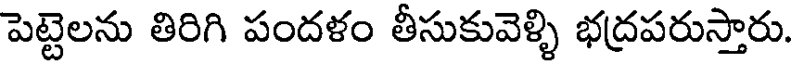
పెట్టెలను తిరిగి పందళం తీసుకువెళ్ళి భద్రపరుస్తారు.